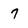
Character: 7